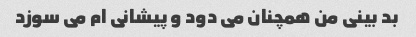
بد بینی من همچنان می دود و پیشانی ام می سوزد